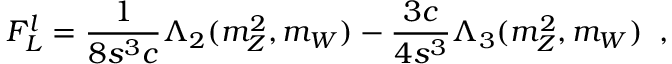
F _ { L } ^ { l } = \frac { 1 } { 8 s ^ { 3 } c } \Lambda _ { 2 } ( m _ { Z } ^ { 2 } , m _ { W } ) - \frac { 3 c } { 4 s ^ { 3 } } \Lambda _ { 3 } ( m _ { Z } ^ { 2 } , m _ { W } ) \; \; ,